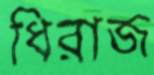
ধিরাজ